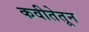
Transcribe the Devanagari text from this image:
कवीतेतून